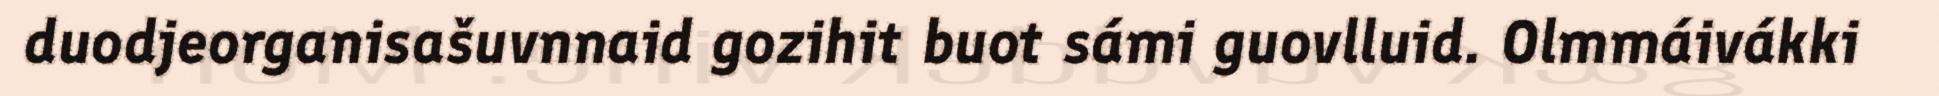
duodjeorganisašuvnnaid gozihit buot sámi guovlluid. Olmmáivákki